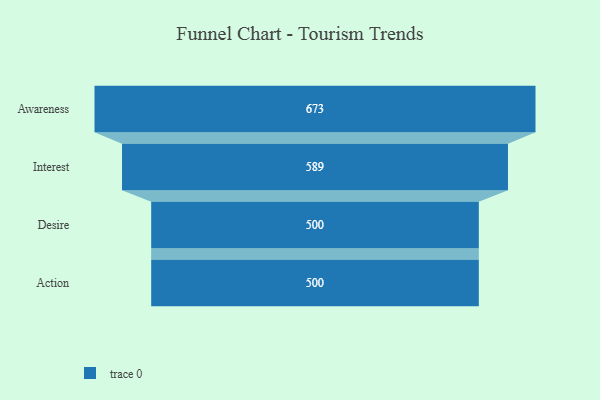
{"axis": {"x": "Stage", "y": "Value"}, "legend": [""], "data": [{"x": "Awareness", "y": 673.0, "type": ""}, {"x": "Interest", "y": 589.0, "type": ""}, {"x": "Desire", "y": 500, "type": ""}, {"x": "Action", "y": 500, "type": ""}]}